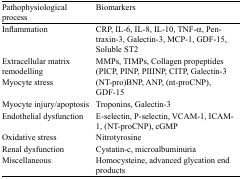
<table><thead><tr><td><b>Pathophysiological process</b></td><td><b>Biomarkers</b></td></tr></thead><tbody><tr><td>Inflammation</td><td>CRP, IL-6, IL-8, IL-10, TNF-α, Pentraxin-3, Galectin-3, MCP-1, GDF-15, Soluble ST2</td></tr><tr><td>Extracellular matrix remodelling</td><td>MMPs, TIMPs, Collagen propeptides (PICP, PINP, PIIINP, CITP, Galectin-3</td></tr><tr><td>Myocyte stress</td><td>(NT-pro)BNP, ANP, (nt-proCNP), GDF-15</td></tr><tr><td>Myocyte injury/apoptosis</td><td>Troponins, Galectin-3</td></tr><tr><td>Endothelial dysfunction</td><td>E-selectin, P-selectin, VCAM-1, ICAM-1, (NT-proCNP), cGMP</td></tr><tr><td>Oxidative stress</td><td>Nitrotyrosine</td></tr><tr><td>Renal dysfunction</td><td>Cystatin-c, microalbuminuria</td></tr><tr><td>Miscellaneous</td><td>Homocysteine, advanced glycation end products</td></tr></tbody></table>